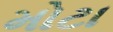
મોટા